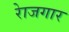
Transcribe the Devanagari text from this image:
राेजगार